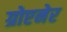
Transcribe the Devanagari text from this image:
ग्रोएनेर